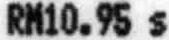
RM10.95 S